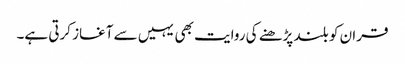
قران کو بلند پڑھنے کی روایت بھی یہیں سے آغاز کرتی ہے۔